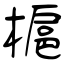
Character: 槴